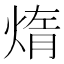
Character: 𤌃